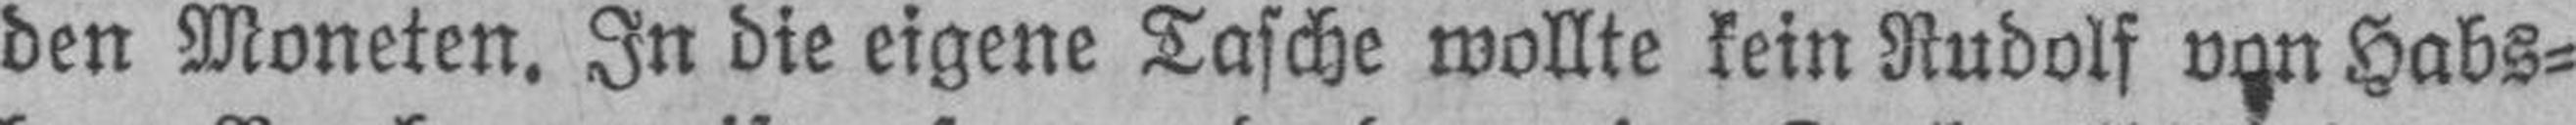
den Moneten. In die eigene Tasche wollte kein Rudolf von Habs¬